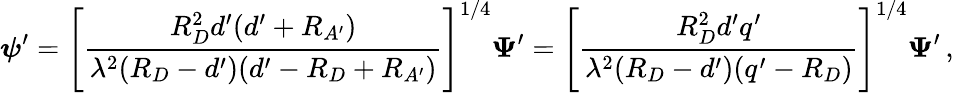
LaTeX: \boldsymbol\psi^{\prime}=\left[{\frac{R_{D}^{2}d^{\prime}(d^{\prime}+R_{A^{\prime}})}{\lambda^{2}(R_{D}-d^{\prime})(d^{\prime}-R_{D}+R_{A^{\prime}})}}\right]^{1/4}\boldsymbol\Psi^{\prime}=\left[{\frac{R_{D}^{2}d^{\prime}q^{\prime}}{\lambda^{2}(R_{D}-d^{\prime})(q^{\prime}-R_{D})}}\right]^{1/4}\boldsymbol\Psi^{\prime}\, ,